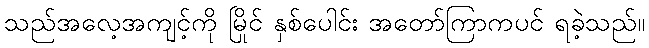
သည်အလေ့အကျင့်ကို မြိုင် နှစ်ပေါင်း အတော်ကြာကပင် ရခဲ့သည်။